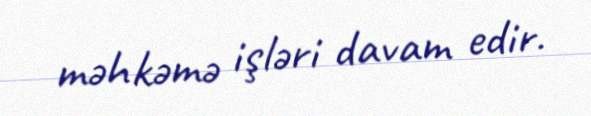
məhkəmə işləri davam edir.